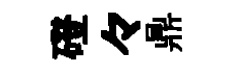
磴々鼎